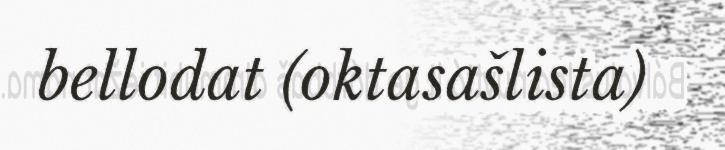
bellodat (oktasašlista)